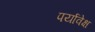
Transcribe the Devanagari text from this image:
पर्यावेक्ष